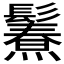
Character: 𩯥